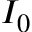
I _ { 0 }